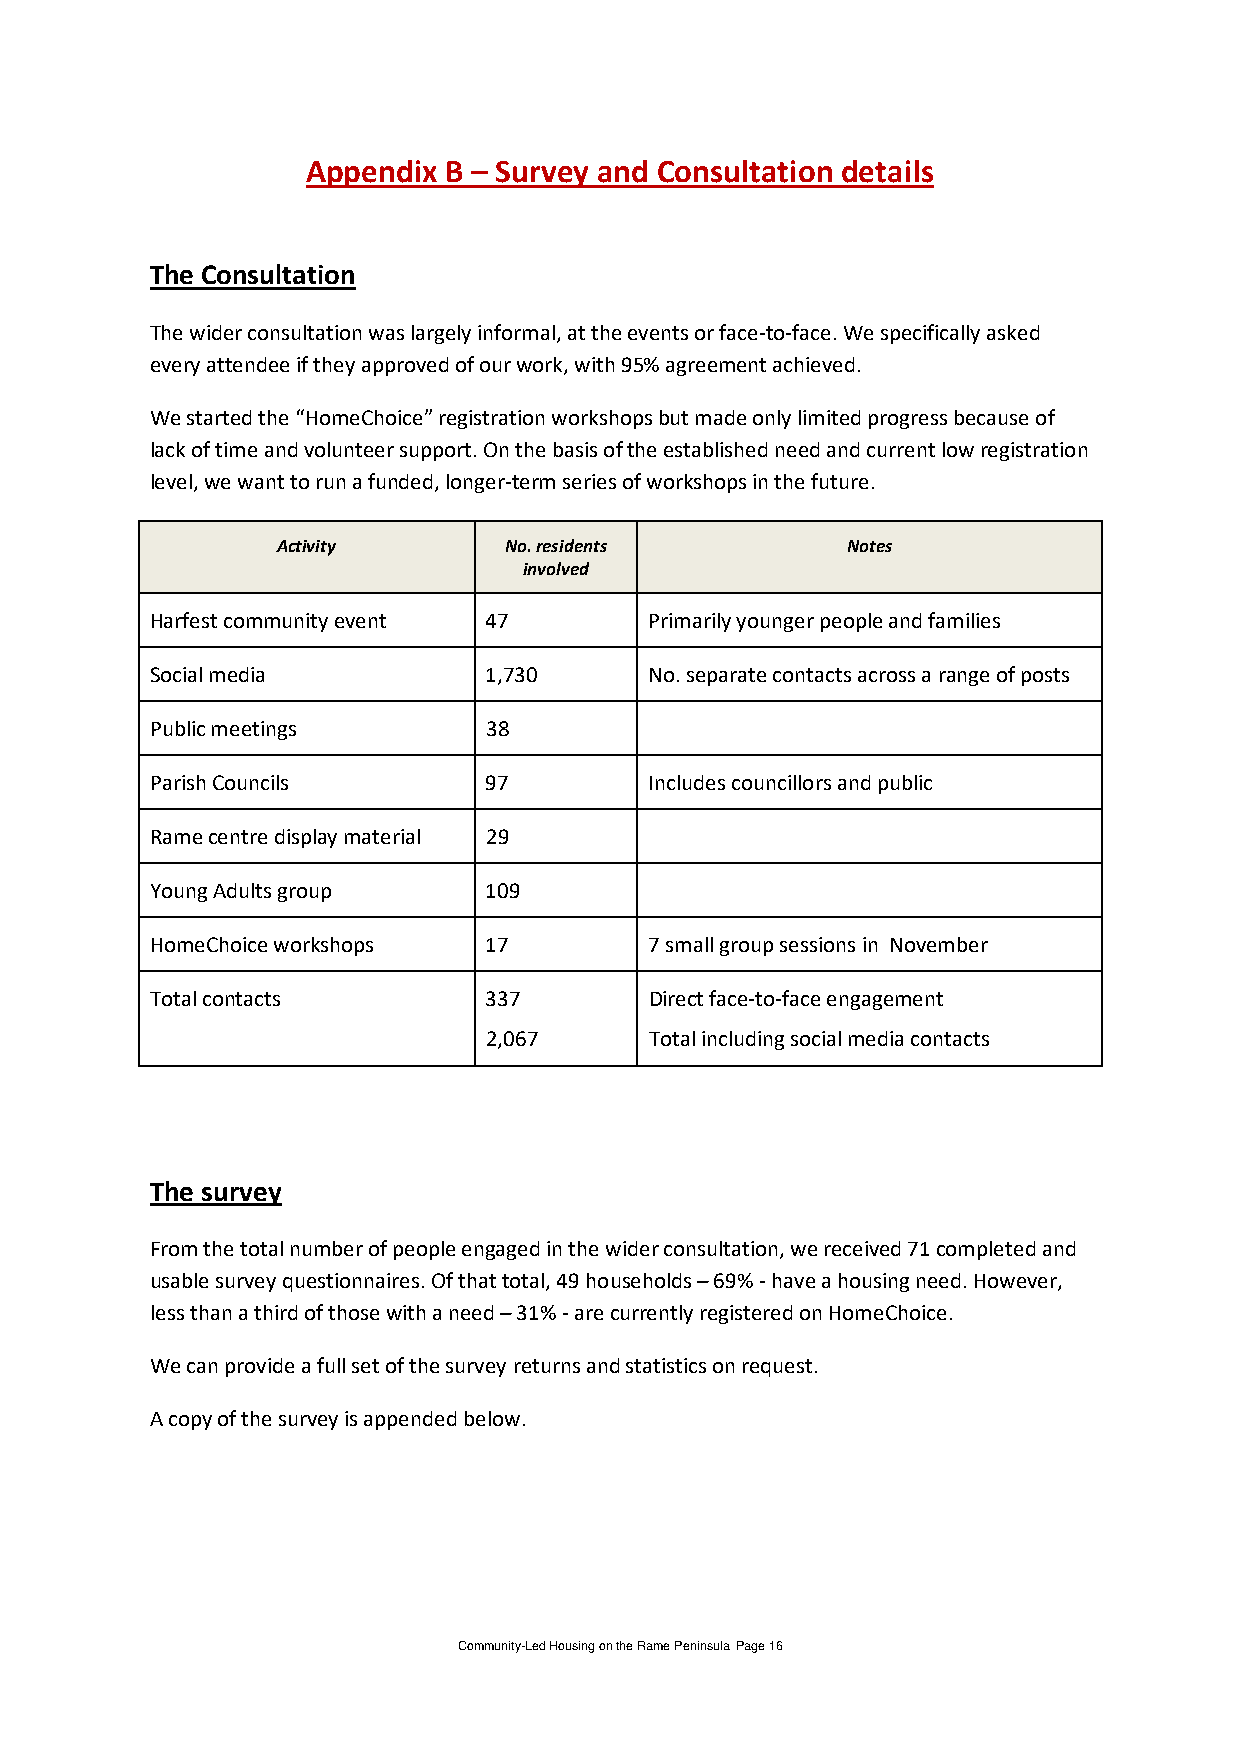
Appendix B – Survey and Consultation details
 The Consultation
 The wider consultation was largely informal, at the events or face-to-face. We specifically asked
 every attendee if they approved of our work, with 95% agreement achieved.
 We started the “HomeChoice” registration workshops but made only limited progress because of
 lack of time and volunteer support. On the basis of the established need and current low registration
 level, we want to run a funded, longer-term series of workshops in the future.
 Activity       No. residents          Notes
 involved
 Harfest community event 47       Primarily younger people and families
 Social media          1,730      No. separate contacts across a range of posts
 Public meetings       38
 Parish Councils       97         Includes councillors and public
 Rame centre display material 29
 Young Adults group    109
 HomeChoice workshops  17         7 small group sessions in November
 Total contacts        337        Direct face-to-face engagement
 2,067      Total including social media contacts
 The survey
 From the total number of people engaged in the wider consultation, we received 71 completed and
 usable survey questionnaires. Of that total, 49 households – 69% - have a housing need. However,
 less than a third of those with a need – 31% - are currently registered on HomeChoice.
 We can provide a full set of the survey returns and statistics on request.
 A copy of the survey is appended below.
 Community-Led Housing on the Rame Peninsula Page 16